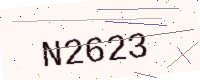
Text: N2623